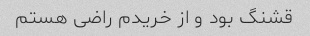
قشنگ بود و از خریدم راضی هستم